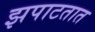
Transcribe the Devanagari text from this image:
झपाटतात